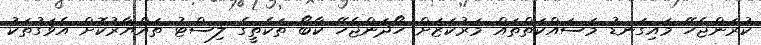
ކުރަންޖެހޭ މައިގަނޑު މަސައްކަތްތައް މަރުކަޒަށް ހޯދަންޖެހޭ ކާބޯ ތަކެތީގެ ލިސްޓު ތައްޔާރުކޮށް އެވަގުތަކު